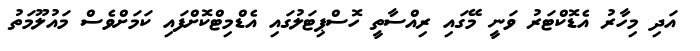
އަދި މިހާރު އެޑޮކްޓަރު ވަނީ މޭގައި ރިއްސާތީ ހޮސްޕިޓަލުގައި އެޑްމިޓްކޮށްފައި ކަމަށްވެސް މައުލޫމަތު